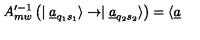
A _ { m w } ^ { \prime - 1 } \left( \mid \underline { { a } } _ { q _ { 1 } s _ { 1 } } \rangle \rightarrow \mid \underline { { a } } _ { q _ { 2 } s _ { 2 } } \rangle \right) = \langle \underline { { a } }